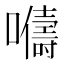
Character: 𫬦